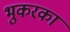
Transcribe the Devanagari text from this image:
भुकरका